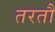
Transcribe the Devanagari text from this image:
तरतौ